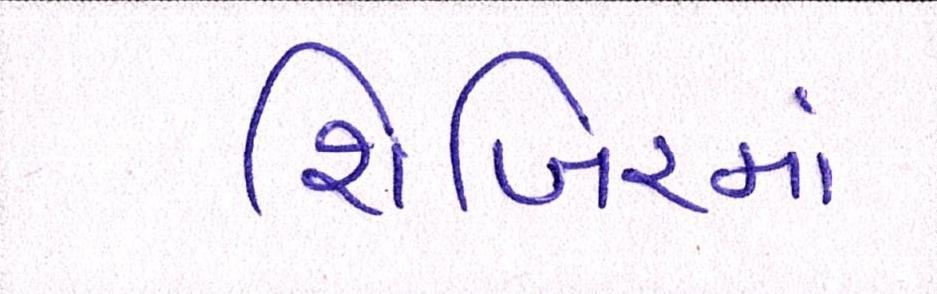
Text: શિબિરમાં